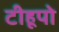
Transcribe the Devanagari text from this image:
टीहूपो